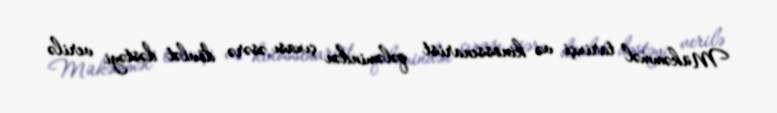
Mükəmməl tarixçi və kinossenarist qələmindən çıxası əsərə dövlət dəstəyi verilə